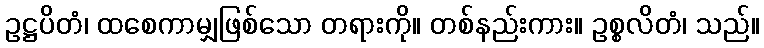
ဥဋ္ဌပိတံ၊ ထစေကာမျှဖြစ်သော တရားကို။ တစ်နည်းကား။ ဥစ္စလိတံ၊ သည်။